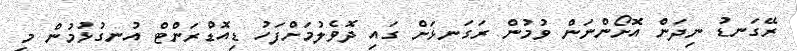
ރޭގަނޑު ނިދަން އޮށޯންނަން ވުމުން ރަގަނޅަށް ގައި ދޮވެލުމަށްފަހު ޑިއޮޑްރަންޓް އުނގުޅުމުން މި